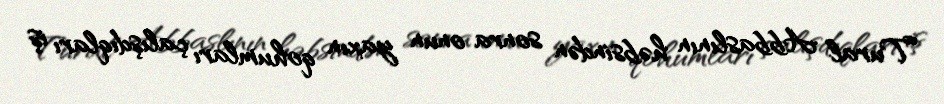
Tural Abbaslının həbsindən sonra onun yaxın qohumları çalışdıqları iş